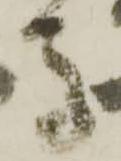
馬